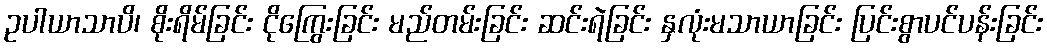
ဥပါယာသာပိ၊ စိုးရိမ်ခြင်း ငိုကြွေးခြင်း မည်တမ်းခြင်း ဆင်းရဲခြင်း နှလုံးမသာယာခြင်း ပြင်းစွာပင်ပန်းခြင်း